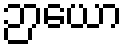
ဉာယော